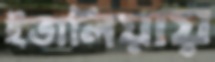
ইতালিয়ায়